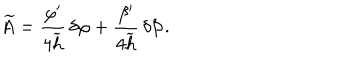
\widetilde { A } = { \frac { \varphi ^ { \prime } } { 4 \widetilde { h } } } \, \delta \varphi + { \frac { \beta ^ { \prime } } { 4 \widetilde { h } } } \, \delta \beta \, .